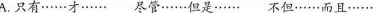
A.只有……才…… 尽管……但是…… 不但……而且……